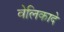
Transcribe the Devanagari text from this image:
वेलिकादे